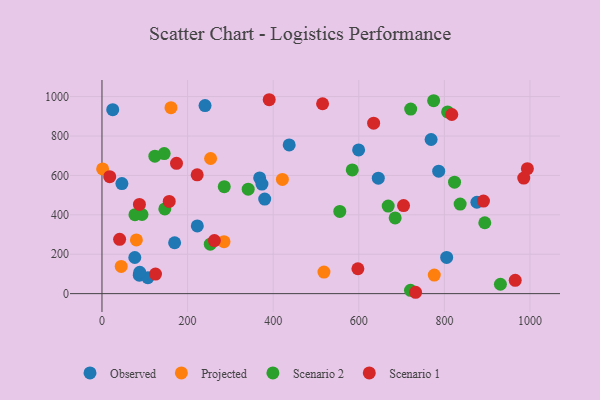
{"axis": {"x": "Investment", "y": "Salary"}, "legend": ["Observed", "Projected", "Scenario 1", "Scenario 2"], "data": [{"x": "87.2", "y": 93.9, "type": "Observed"}, {"x": "599.6", "y": 729.3, "type": "Observed"}, {"x": "107.1", "y": 80.9, "type": "Observed"}, {"x": "805.3", "y": 183.9, "type": "Observed"}, {"x": "786.7", "y": 621.6, "type": "Observed"}, {"x": "240.8", "y": 954.6, "type": "Observed"}, {"x": "645.6", "y": 586.1, "type": "Observed"}, {"x": "46.5", "y": 558.5, "type": "Observed"}, {"x": "169.7", "y": 258.2, "type": "Observed"}, {"x": "368.4", "y": 587.0, "type": "Observed"}, {"x": "25.1", "y": 933.6, "type": "Observed"}, {"x": "769.0", "y": 782.3, "type": "Observed"}, {"x": "88.2", "y": 108.6, "type": "Observed"}, {"x": "437.4", "y": 754.5, "type": "Observed"}, {"x": "76.7", "y": 183.5, "type": "Observed"}, {"x": "380.2", "y": 479.7, "type": "Observed"}, {"x": "373.7", "y": 556.1, "type": "Observed"}, {"x": "876.0", "y": 463.9, "type": "Observed"}, {"x": "222.7", "y": 343.8, "type": "Observed"}, {"x": "44.9", "y": 138.2, "type": "Projected"}, {"x": "161.2", "y": 943.5, "type": "Projected"}, {"x": "776.4", "y": 94.1, "type": "Projected"}, {"x": "253.8", "y": 685.8, "type": "Projected"}, {"x": "80.4", "y": 272.5, "type": "Projected"}, {"x": "285.1", "y": 263.7, "type": "Projected"}, {"x": "1.5", "y": 633.0, "type": "Projected"}, {"x": "518.6", "y": 109.2, "type": "Projected"}, {"x": "421.5", "y": 579.5, "type": "Projected"}, {"x": "146.8", "y": 429.8, "type": "Scenario 2"}, {"x": "584.7", "y": 628.0, "type": "Scenario 2"}, {"x": "77.1", "y": 400.8, "type": "Scenario 2"}, {"x": "341.6", "y": 529.9, "type": "Scenario 2"}, {"x": "930.9", "y": 47.6, "type": "Scenario 2"}, {"x": "823.7", "y": 565.5, "type": "Scenario 2"}, {"x": "720.8", "y": 16.8, "type": "Scenario 2"}, {"x": "123.6", "y": 697.5, "type": "Scenario 2"}, {"x": "721.3", "y": 936.4, "type": "Scenario 2"}, {"x": "555.6", "y": 417.3, "type": "Scenario 2"}, {"x": "145.3", "y": 710.6, "type": "Scenario 2"}, {"x": "685.0", "y": 384.1, "type": "Scenario 2"}, {"x": "894.4", "y": 359.8, "type": "Scenario 2"}, {"x": "836.8", "y": 454.7, "type": "Scenario 2"}, {"x": "285.7", "y": 542.6, "type": "Scenario 2"}, {"x": "774.9", "y": 979.5, "type": "Scenario 2"}, {"x": "253.0", "y": 251.0, "type": "Scenario 2"}, {"x": "807.5", "y": 922.3, "type": "Scenario 2"}, {"x": "668.7", "y": 444.4, "type": "Scenario 2"}, {"x": "93.5", "y": 401.7, "type": "Scenario 2"}, {"x": "634.7", "y": 865.3, "type": "Scenario 1"}, {"x": "704.6", "y": 447.1, "type": "Scenario 1"}, {"x": "817.3", "y": 909.0, "type": "Scenario 1"}, {"x": "87.5", "y": 452.8, "type": "Scenario 1"}, {"x": "985.4", "y": 586.5, "type": "Scenario 1"}, {"x": "262.6", "y": 269.4, "type": "Scenario 1"}, {"x": "993.9", "y": 634.0, "type": "Scenario 1"}, {"x": "965.5", "y": 67.4, "type": "Scenario 1"}, {"x": "157.1", "y": 467.8, "type": "Scenario 1"}, {"x": "41.2", "y": 275.7, "type": "Scenario 1"}, {"x": "18.1", "y": 593.7, "type": "Scenario 1"}, {"x": "125.0", "y": 99.3, "type": "Scenario 1"}, {"x": "891.3", "y": 469.5, "type": "Scenario 1"}, {"x": "597.9", "y": 126.2, "type": "Scenario 1"}, {"x": "515.4", "y": 963.6, "type": "Scenario 1"}, {"x": "732.7", "y": 6.9, "type": "Scenario 1"}, {"x": "174.1", "y": 661.2, "type": "Scenario 1"}, {"x": "390.7", "y": 984.1, "type": "Scenario 1"}, {"x": "222.4", "y": 603.2, "type": "Scenario 1"}]}